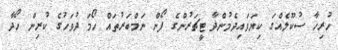
ހުރިހާ ސުކޫލެއްގަ ކިޔަވައިދެމުންދާ ޓީޗަރުންގެ ފޯން ނަމްބަރުތައް ހޯމަ ދުވަހުގެ ކުރިން ހޯދާ